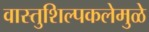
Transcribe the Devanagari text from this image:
वास्तुशिल्पकलेमुळे